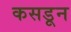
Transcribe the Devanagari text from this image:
कसडून